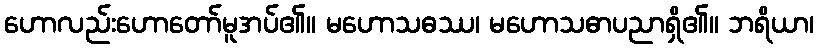
ဟောလည်းဟောတော်မူအပ်၏။ မဟောသဓဿ၊ မဟောသဓာပညာရှိ၏။ ဘရိယာ၊